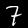
Label: 7